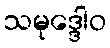
သမုဒ္ဒေါဝ